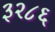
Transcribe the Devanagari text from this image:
३२८६